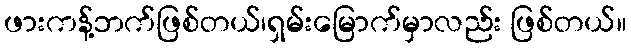
ဖားကန့်ဘက်ဖြစ်တယ်၊ရှမ်းမြောက်မှာလည်း ဖြစ်တယ်။